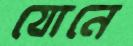
যোনে